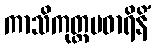
ကာသိကုတ္တမဓာရိနိံ